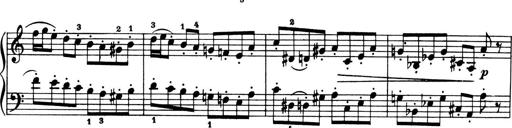
Title: 4 Sonatines
Composer: Max Reger